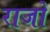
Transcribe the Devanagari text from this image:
राजो